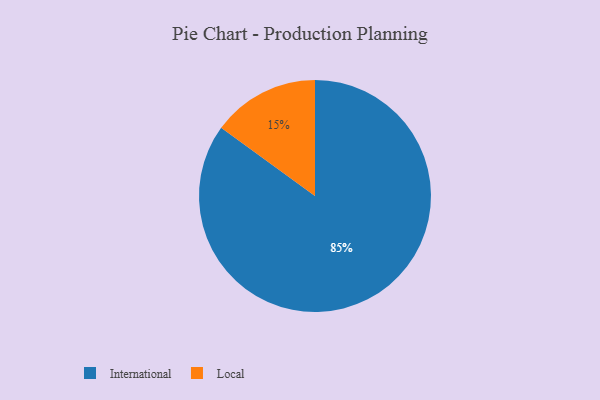
{"axis": {"x": "Category", "y": "Percentage"}, "legend": ["International", "Local"], "data": [{"x": "International", "y": 85, "type": "International"}, {"x": "Local", "y": 15, "type": "Local"}]}